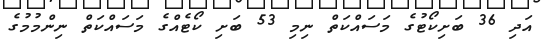
އަދި 36 ބަށިކޯޓުގެ މަސައްކަތް ނިމި 53 ބަށި ކޯޓެއްގެ މަސައްކަތް ނިންމުމުގެ